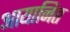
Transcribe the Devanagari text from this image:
आयानित